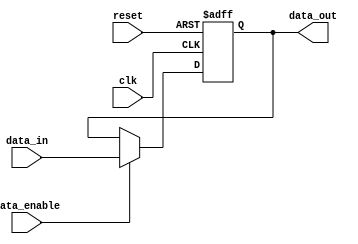
module data_enable_latch (
    input wire clk,
    input wire reset,
    input wire data_enable,
    input wire [7:0] data_in,
    output reg [7:0] data_out
);

reg [7:0] stored_data;

always @(posedge clk or posedge reset) begin
    if (reset) begin
        stored_data <= 8'b0;
    end else if (data_enable) begin
        stored_data <= data_in;
    end
end

assign data_out = stored_data;

endmodule